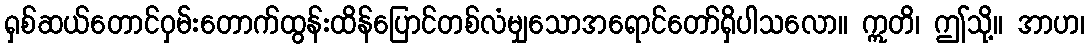
ရှစ်ဆယ်တောင်ဝှမ်းတောက်ထွန်းထိန်ပြောင်တစ်လံမျှသောအရောင်တော်ရှိပါသလော။ ဣတိ၊ ဤသို့။ အာဟ၊